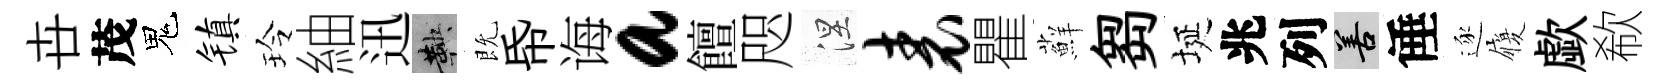
卋茂鬼镇玲紬迅鞅既帋诲a饘咫涅表瞿蘚芻埏兆列善倕逐履歔欷